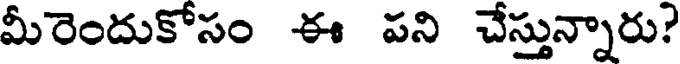
మీరెందుకోసం ఈ పని చేస్తున్నారు?